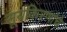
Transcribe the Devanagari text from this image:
सूर्यकिरणांचे